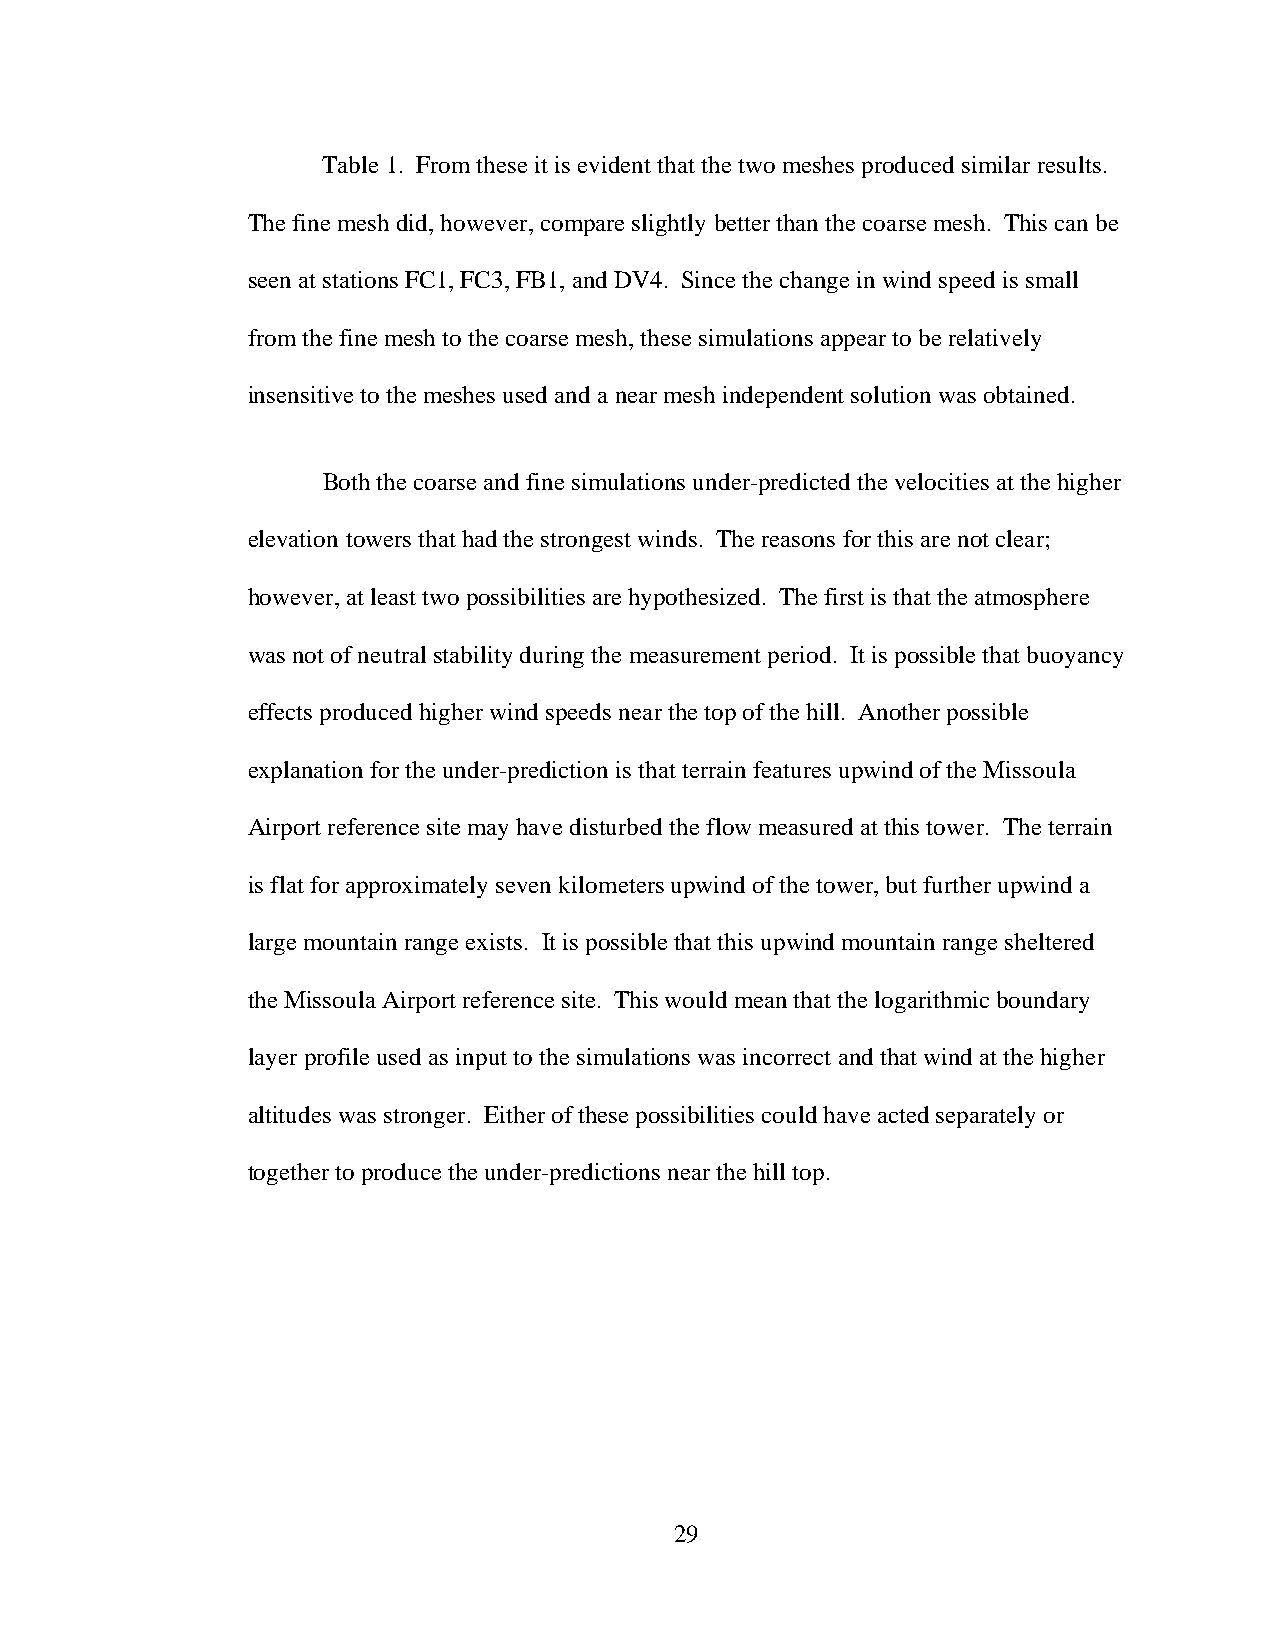
Table 1. From these it is evident that the two meshes produced similar results.
 The fine mesh did, however, compare slightly better than the coarse mesh. This can be
 seen at stations FC1, FC3, FB1, and DV4. Since the change in wind speed is small
 from the fine mesh to the coarse mesh, these simulations appear to be relatively
 insensitive to the meshes used and a near mesh independent solution was obtained.
 Both the coarse and fine simulations under-predicted the velocities at the higher
 elevation towers that had the strongest winds. The reasons for this are not clear;
 however, at least two possibilities are hypothesized. The first is that the atmosphere
 was not of neutral stability during the measurement period. It is possible that buoyancy
 effects produced higher wind speeds near the top of the hill. Another possible
 explanation for the under-prediction is that terrain features upwind of the Missoula
 Airport reference site may have disturbed the flow measured at this tower. The terrain
 is flat for approximately seven kilometers upwind of the tower, but further upwind a
 large mountain range exists. It is possible that this upwind mountain range sheltered
 the Missoula Airport reference site. This would mean that the logarithmic boundary
 layer profile used as input to the simulations was incorrect and that wind at the higher
 altitudes was stronger. Either of these possibilities could have acted separately or
 together to produce the under-predictions near the hill top.
 29